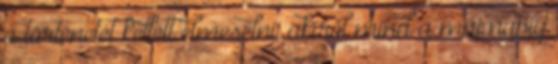
a történetét kellett elmesélni, akiről mind a mai napig